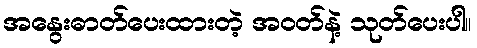
အနွေးဓာတ်ပေးထားတဲ့ အဝတ်နဲ့ သုတ်ပေးပါ။